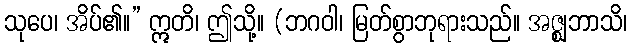
သုပေ၊ အိပ်၏။” ဣတိ၊ ဤသို့။ (ဘဂဝါ၊ မြတ်စွာဘုရားသည်။ အဇ္ဈဘာသိ၊